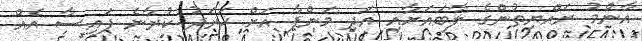
އާންމު ރައްޔިތުންގެ ލާބައަށާއި އަދި މަންފާ އަށް ޚަރަދު ކުރާނެ ފައިސާ އެއް